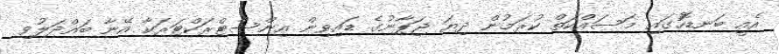
އެއީ ބަނޑޮހުގައި މަަސައްކަތް ކުރަމުން ދިޔަ ޖަޕާނުގެ ޑައިވިން އިންސްޓްރަކްޓަރަކާ އޭނާ ބައްދަލުވި